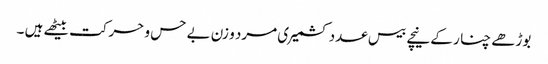
بوڑھے چنا ر کے نیچے بیس عدد کشمیری مرد و زن بے حس و حرکت بیٹھے ہیں ۔